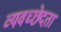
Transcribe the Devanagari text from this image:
व्यवच्छेदता